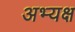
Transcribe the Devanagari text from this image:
अभ्यक्ष